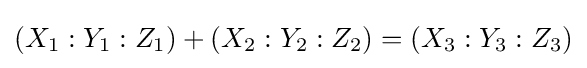
(X_{1}:Y_{1}:Z_{1})+(X_{2}:Y_{2}:Z_{2})=(X_{3}:Y_{3}:Z_{3})